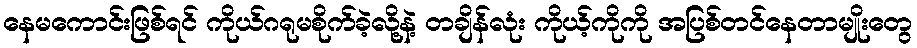
နေမကောင်းဖြစ်ရင် ကိုယ်ဂရုမစိုက်ခဲ့လို့နဲ့ တချိန်လုံး ကိုယ့်ကိုကို အပြစ်တင်နေတာမျိုးတွေ